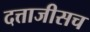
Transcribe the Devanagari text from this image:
दत्ताजीसच